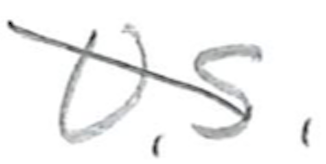
Text: U.S.
Cross-out: diagonal
Writing tool: pencil